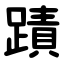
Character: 蹟